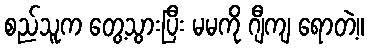
စည်သူက တွေ့သွားပြီး မမကို ဂျီကျ ရောတဲ့။